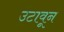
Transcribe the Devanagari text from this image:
उटावून